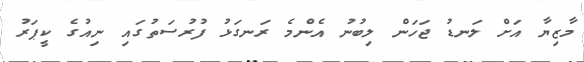
މާޒިޔާ އަށް ލަނޑު ޖަހަން ލިބުނު އެންމެ ރަނގަޅު ފުރުސަތުގައި ނިއުގެ ކީޕަރު